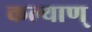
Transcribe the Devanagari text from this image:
कल्याण्